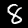
Label: 8